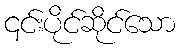
၎င်းပိုင်ဆိုင်သော